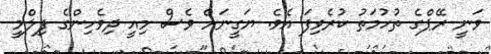
ވަނީ ރޭޕްގެ ތުހުމަތު ކުރެވިފަ އެވެ. ޔަގީނަށް ވެސް މިއީ ދިވެހިންގެ ފިލްމީ